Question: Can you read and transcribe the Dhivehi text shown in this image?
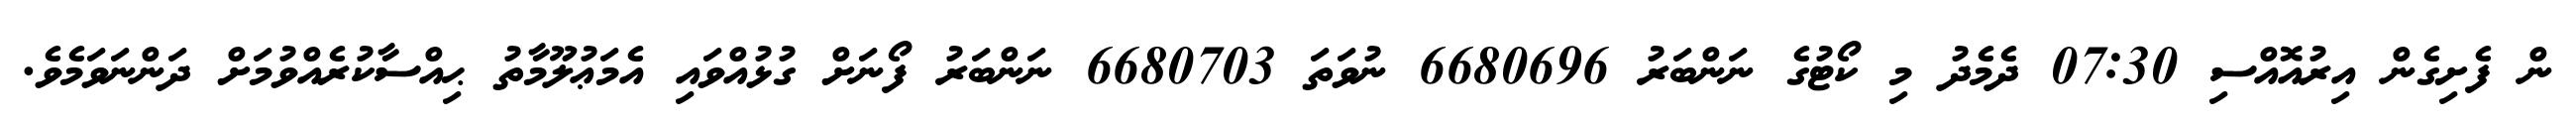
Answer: ން ފެށިގެން އިރުއޮއްސި 07:30 ދެމެދު މި ކޯޓުގެ ނަންބަރު 6680696 ނުވަތަ 6680703 ނަންބަރު ފޯނަށް ގުޅުއްވައި އެމަޢުލޫމާތު ޙިއްސާކުރެއްވުމަށް ދަންނަވަމެވެ.